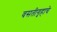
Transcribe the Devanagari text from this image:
वसतीगृहाचे